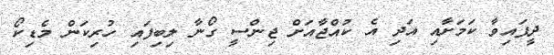
ދީފައިވާ ކަމަށާއި އަދި އެ ކުއްޖާއަށް ޖިންސީ ގޯނާ ލިބިފައި ހުރިކަން މެޑިކޯ